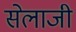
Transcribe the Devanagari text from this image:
सेलाजी